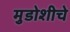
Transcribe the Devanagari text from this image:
मुडोशीचे